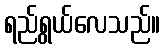
ရည်ရွယ်လေသည်။